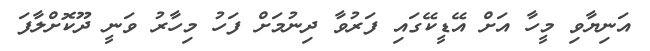
އަނިޔާވި މީހާ އަށް އޭޑީކޭގައި ފަރުވާ ދިނުމަށް ފަހު މިހާރު ވަނީ ދޫކޮށްލާފަ